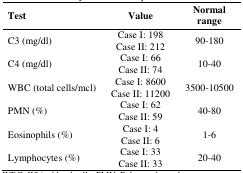
<table><thead><tr><td><b>Test</b></td><td><b>Value</b></td><td><b>Normal range</b></td></tr></thead><tbody><tr><td>C3 (mg/dl)</td><td>Case I: 198Case II: 212</td><td>90-180</td></tr><tr><td>C4 (mg/dl)</td><td>Case I: 66Case II: 74</td><td>10-40</td></tr><tr><td>WBC (total cells/mcl)</td><td>Case I: 8600Case II: 11200</td><td>3500-10500</td></tr><tr><td>PMN (%)</td><td>Case I: 62Case II: 59</td><td>40-80</td></tr><tr><td>Eosinophils (%)</td><td>Case I: 4Case II: 6</td><td>1-6</td></tr><tr><td>Lymphocytes (%)</td><td>Case I: 33Case II: 33</td><td>20-40</td></tr></tbody></table>